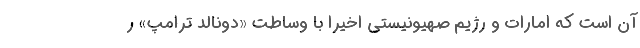
آن است که امارات و رژیم صهیونیستی اخیرا با وساطت «دونالد ترامپ» ر